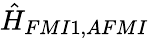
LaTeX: \hat{H}_{FMI1,AFMI}